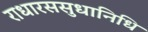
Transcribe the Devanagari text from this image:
राधारससुधानिधि